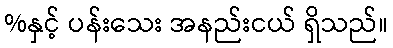
%နှင့် ပန်းသေး အနည်းငယ် ရှိသည်။